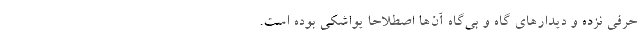
حرفی نزده و دیدارهای گاه و بی‌گاه آن‌ها اصطلاحاً یواشکی بوده است.